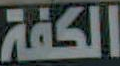
الكفة